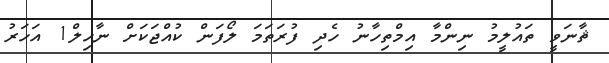
ޘާނަވީ ތައުލީމު ނިންމާ އިމްތިހާނު ހެދި ފުރަތަމަ ލޯފަން ކުއްޖަކަށް ނާހިލް1 އަހަރު